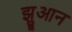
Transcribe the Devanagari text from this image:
झुआन